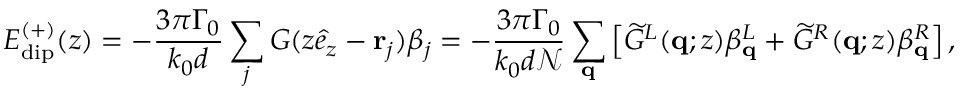
E _ { \mathrm { d i p } } ^ { ( + ) } ( z ) = - \frac { 3 \pi \Gamma _ { 0 } } { k _ { 0 } d } \sum _ { j } G ( z \hat { e } _ { z } - \mathbf { r } _ { j } ) \beta _ { j } = - \frac { 3 \pi \Gamma _ { 0 } } { k _ { 0 } d \mathcal { N } } \sum _ { \mathbf { q } } \left[ \widetilde { G } ^ { L } ( \mathbf q ; z ) \beta _ { \mathbf q } ^ { L } + \widetilde { G } ^ { R } ( \mathbf q ; z ) \beta _ { \mathbf q } ^ { R } \right] ,